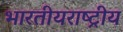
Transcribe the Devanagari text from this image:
भारतीयराष्ट्रीय